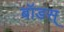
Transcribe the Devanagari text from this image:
बॉडस्